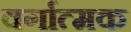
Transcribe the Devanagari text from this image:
वर्गात्मक